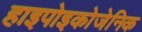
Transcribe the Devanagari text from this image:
हाइपोइकोजेनिक